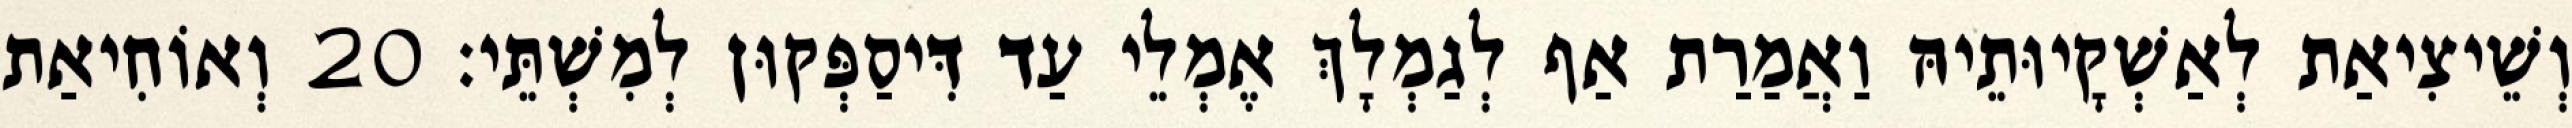
וְשֵׁיצִיאַת לְאַשְׁקָיוּתֵיהּ וַאֲמַרַת אַף לְגַמְלָךְ אֶמְלֵי עַד דִּיסַפְּקוּן לְמִשְׁתֵּי׃ 20 וְאוֹחִיאַת